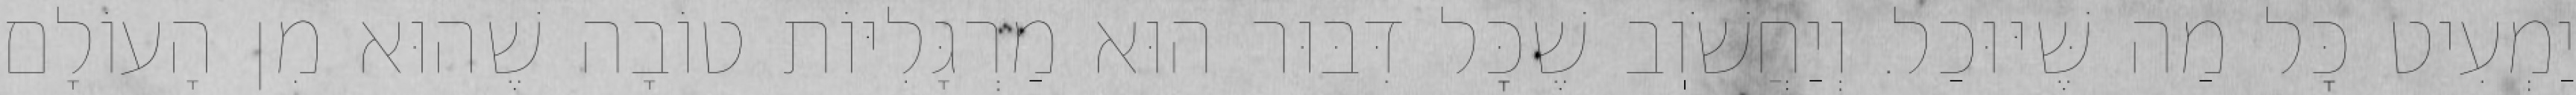
יַמְעִיט כׇּל מַה שֶּׁיּוּכַל. וְיַחֲשֹׁוֽב שֶׁכׇּל דִּבּוּר הוּא מַרְגָּלִיּוֹת טוֹבָה שֶׁהוּא מִן הָעוֹלָם